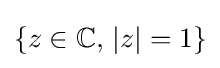
\{z\in \mathbb {C} ,\,|z|=1\}